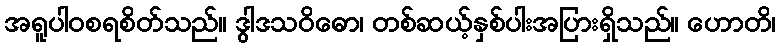
အရူပါဝစရစိတ်သည်။ ဒွါဒသဝိဓော၊ တစ်ဆယ့်နှစ်ပါးအပြားရှိသည်။ ဟောတိ၊